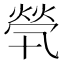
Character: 煢